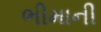
ભીમાની